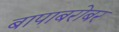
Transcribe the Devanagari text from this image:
बापाबरोबर